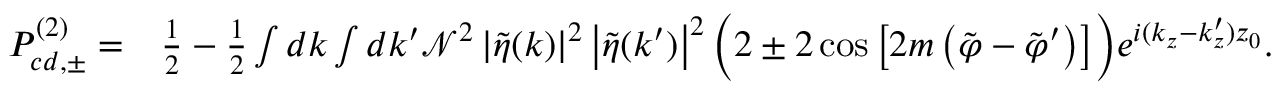
\begin{array} { r l } { P _ { c d , \pm } ^ { ( 2 ) } = } & { \frac { 1 } { 2 } - \frac { 1 } { 2 } \int d \boldsymbol { k } \int d \boldsymbol { k } ^ { \prime } \mathcal { N } ^ { 2 } \left| \tilde { \eta } ( \boldsymbol { k } ) \right| ^ { 2 } \left| \tilde { \eta } ( \boldsymbol { k } ^ { \prime } ) \right| ^ { 2 } \Big ( 2 \pm 2 \cos { \left[ 2 m \left( \tilde { \varphi } - \tilde { \varphi } ^ { \prime } \right) \right] } \Big ) e ^ { i ( k _ { z } - k _ { z } ^ { \prime } ) z _ { 0 } } . } \end{array}